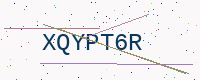
Text: XQYPT6R